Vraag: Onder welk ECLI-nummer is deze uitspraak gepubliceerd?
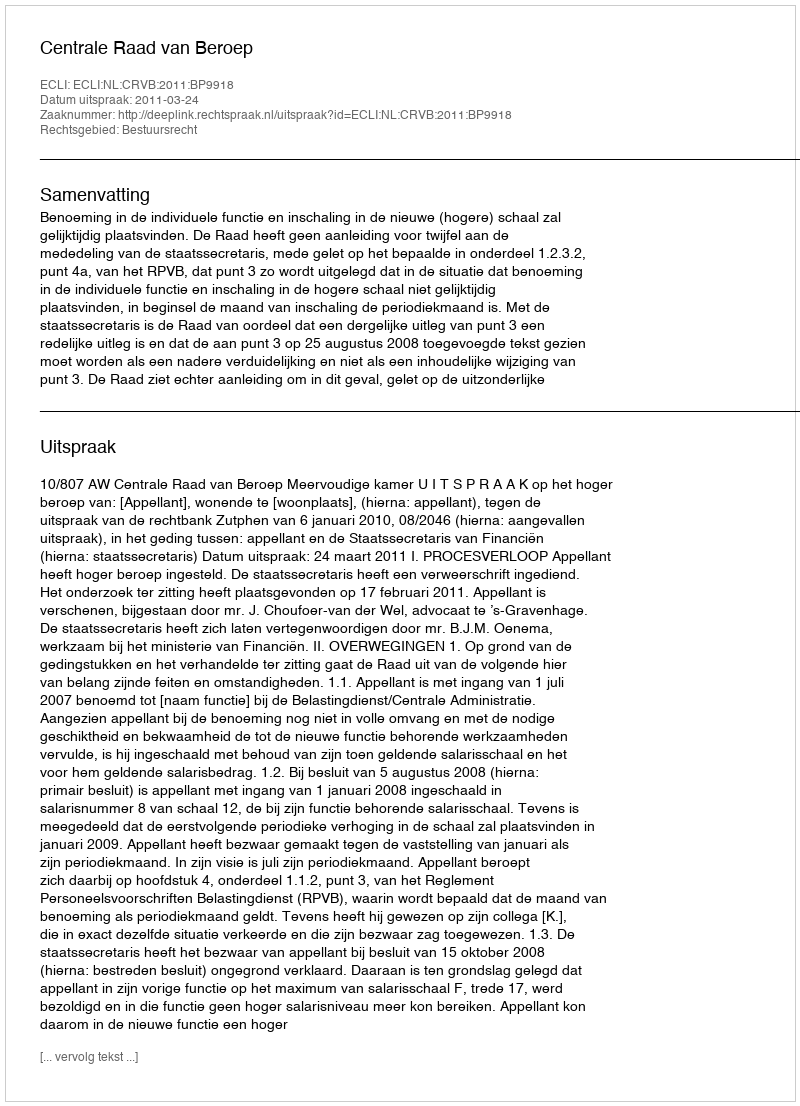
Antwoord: ECLI:NL:CRVB:2011:BP9918